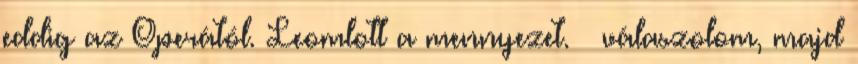
eddig az Operától. Leomlott a mennyezet. – válaszolom, majd